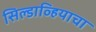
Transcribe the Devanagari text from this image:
सिल्डाव्हियाचा